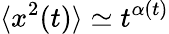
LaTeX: \langle x^{2}(t)\rangle\simeq t^{\alpha(t)}